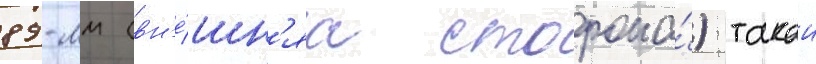
89-мм (вн'е́шн'яа сторона́) такои